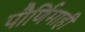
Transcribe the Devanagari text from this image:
पौर्णिमाही